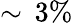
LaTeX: \sim\, 3\%